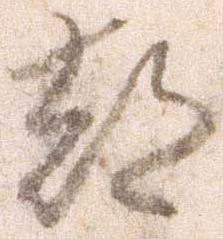
都